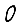
Digit: 0